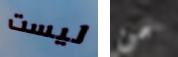
ليست من